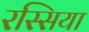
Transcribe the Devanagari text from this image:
रस्सिया